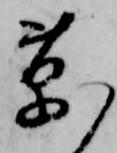
草